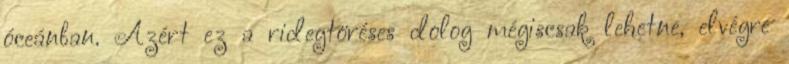
óceánban. Azért ez a ridegtöréses dolog mégiscsak lehetne, elvégre